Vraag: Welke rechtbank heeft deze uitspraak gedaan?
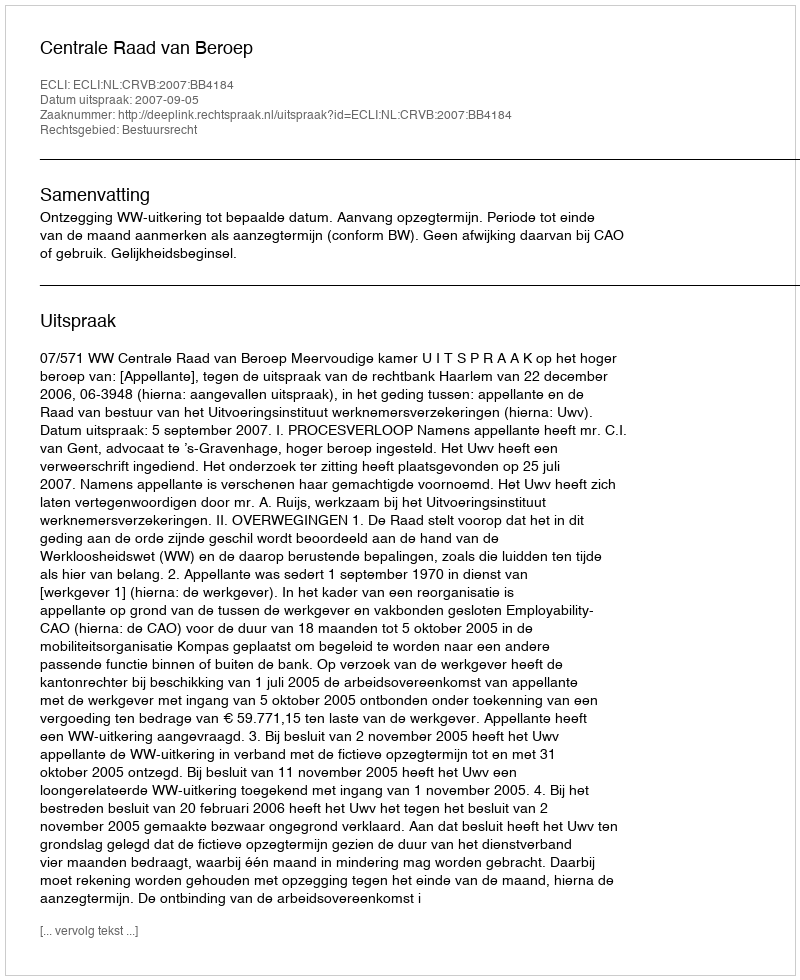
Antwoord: Centrale Raad van Beroep